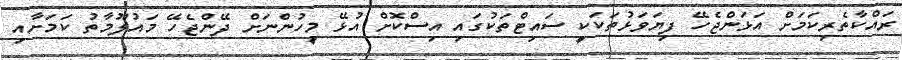
ރައްކާތެރިކަމަށް އަޅަންޖެހޭ ފިޔަވަޅުތަކަކީ ސައިޓްތަކުގައި އިސްކޮށް އުޅޭ މީހުންނަށް ދޭންޖެހޭ މައުލޫމާތު ކަމަށާއި